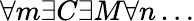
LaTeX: \forall m\exists C\exists M\forall n\dots